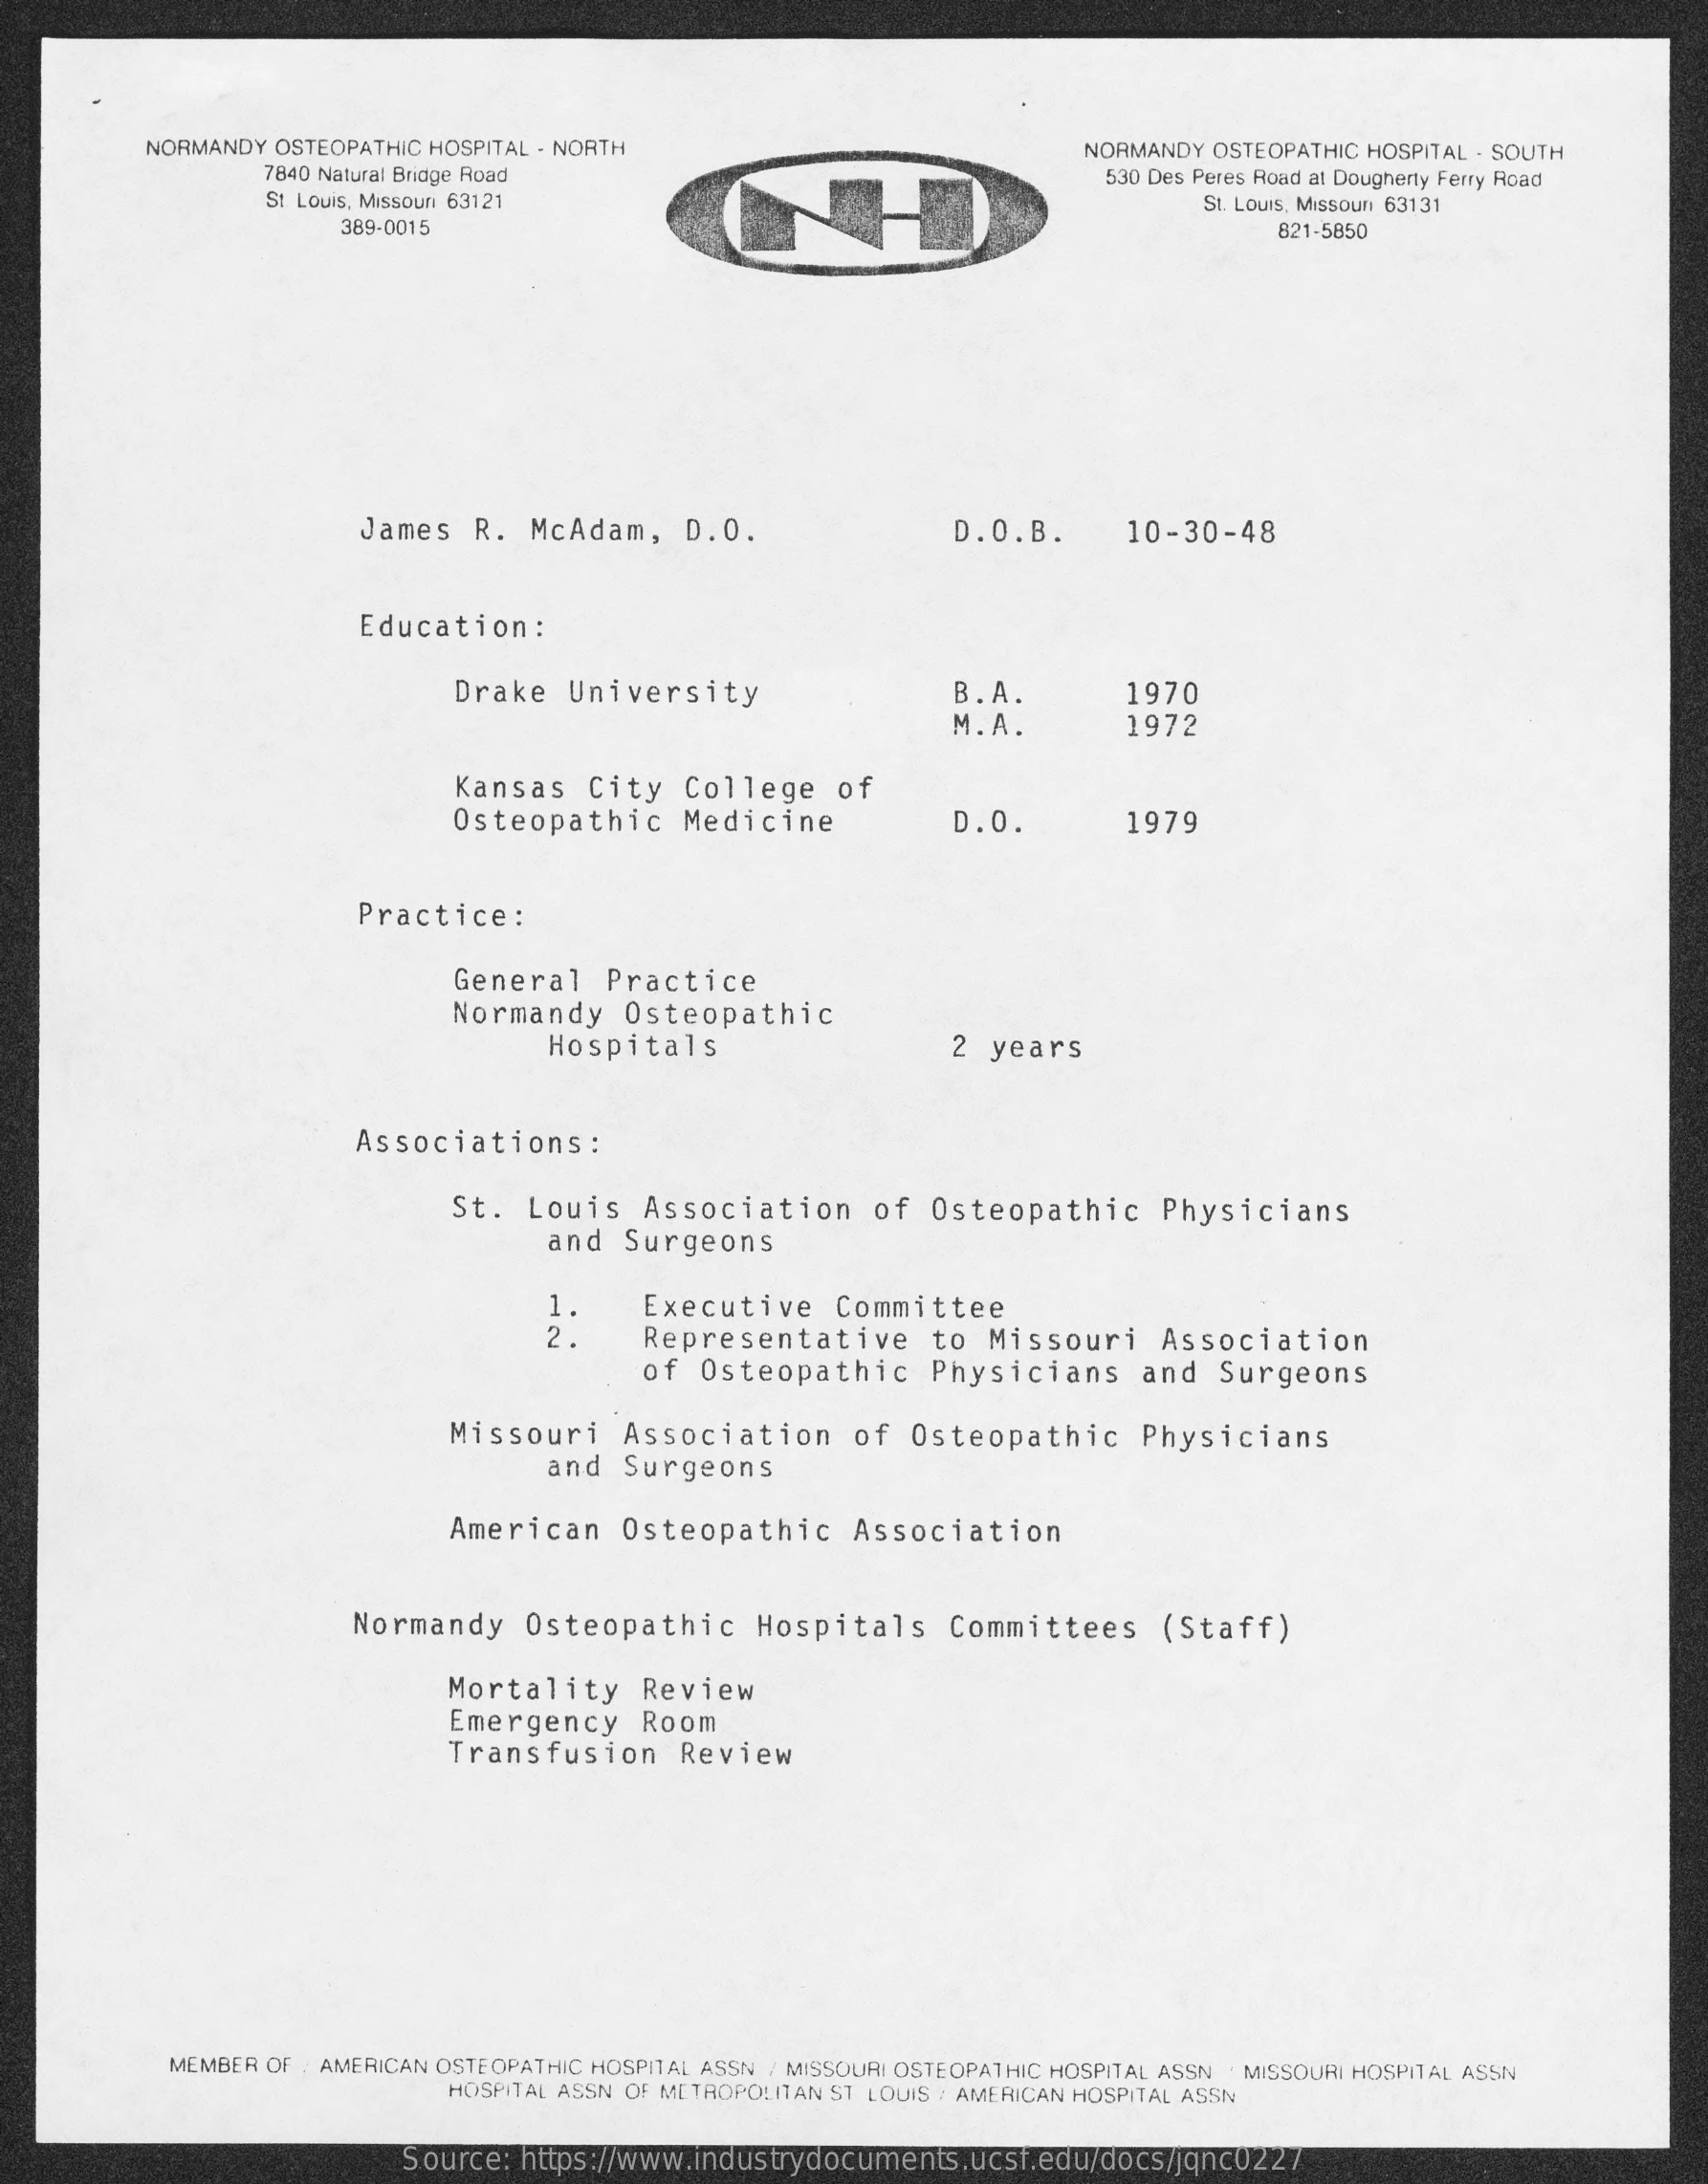
NORMANDY OSTEOPATHIC HOSPITAL . NORTH
     7840 Natural Bridge Road
     NORMANDY OSTEOPATHIC HOSPITAL . SOUTH
     530 Des Peres Road at Dougherty Ferry Road
     St Louis, Missouri 63121    St. LOUIS, Missouri 63131
     389-0015    821-5850
     James   R. McAdam,    D.O.    D.O.B.    10-30-48
     Education   :
     Drake  University    B.A.    1970
     M.A.    1972
     Kansas   City  College    of
     Osteopathic    Medicine    D.O.    1979
     Practice:
     General   Practice
     Normandy   Osteopathic
     Hospitals    2 years
     Associations    :
     St. Louis   Association    of  Osteopathic    Physicians
     and  Surgeons
     Executive   Committee
     Representative    to  Missouri    Association
     of Osteopathic    Physicians    and  Surgeons
     Missouri    Association    of  Osteopathic    Physicians
     and  Surgeons
     American    Osteopathic    Association
     Normandy   Osteopathic    Hospitals    Committees    (Staff)
     Mortality    Review
     Emergency    Room
     Transfusion    Review
     MEMBER OF : AMERICAN OSTEOPATHIC HOSPITAL ASSN / MISSOURI OSTEOPATHIC HOSPITAL ASSN · MISSOURI HOSPITAL ASSN
     HOSPITAL ASSN OF METROPOLITAN ST LOUIS / AMERICAN HOSPITAL A55N
     Source:  https://www.industrydocuments.ucsf.edu/docs/jqnc0227